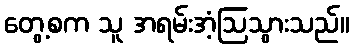
တွေ့စက သူ အရမ်းအံ့ဩသွားသည်။